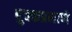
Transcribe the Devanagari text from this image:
बुक्कप्रमाणे